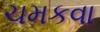
ચમકવા